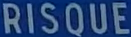
RISQUE